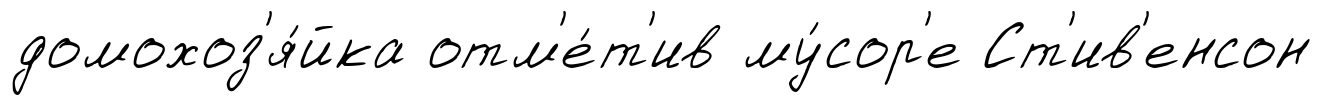
домохоз'я́йка отм'е́т'ив му́сор'е Ст'ив'енсон